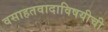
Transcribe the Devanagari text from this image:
वसाहतवादाविषयीची